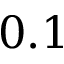
0 . 1